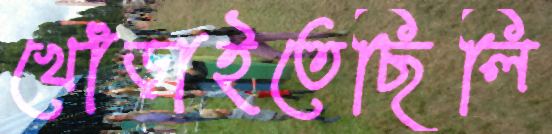
খোঁড়াইতেছিলি